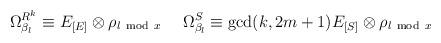
LaTeX: \begin{align*}\Omega^{R^k}_{\beta_l}\equiv E_{[E]}\otimes \rho_{l {\rm ~mod~}x} ~~~~\Omega^{S}_{\beta_{l}}\equiv {\rm gcd}(k,2m+1)E_{[S]}\otimes \rho_{l {\rm ~mod~}x}\end{align*}